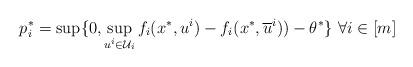
LaTeX: \begin{align*}p^*_i = \sup \{0, \sup_{u^i \in \mathcal{U}_i} f_i(x^*,u^i) - f_i(x^*, \overline{u}^i) )- \theta^* \} \ \forall i \in [m]\end{align*}